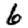
Digit: 6